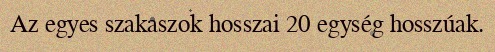
Az egyes szakaszok hosszai 20 egység hosszúak.